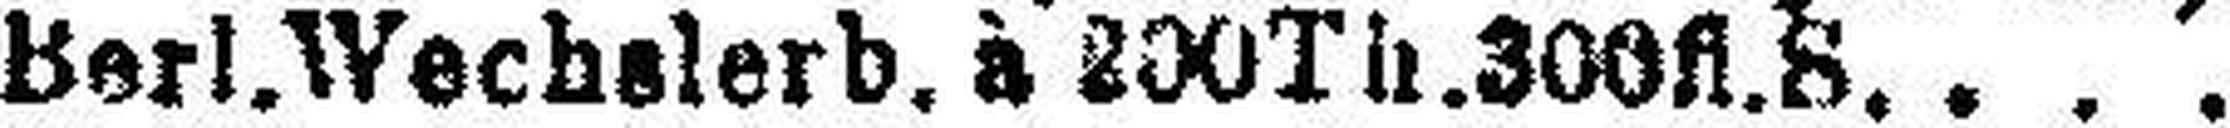
Berl. Wechslerb. à 200T###. 300fl. S.